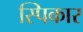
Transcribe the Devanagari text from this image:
स्पिकार